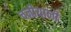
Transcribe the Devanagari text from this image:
चनीयानी